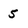
Character: 5